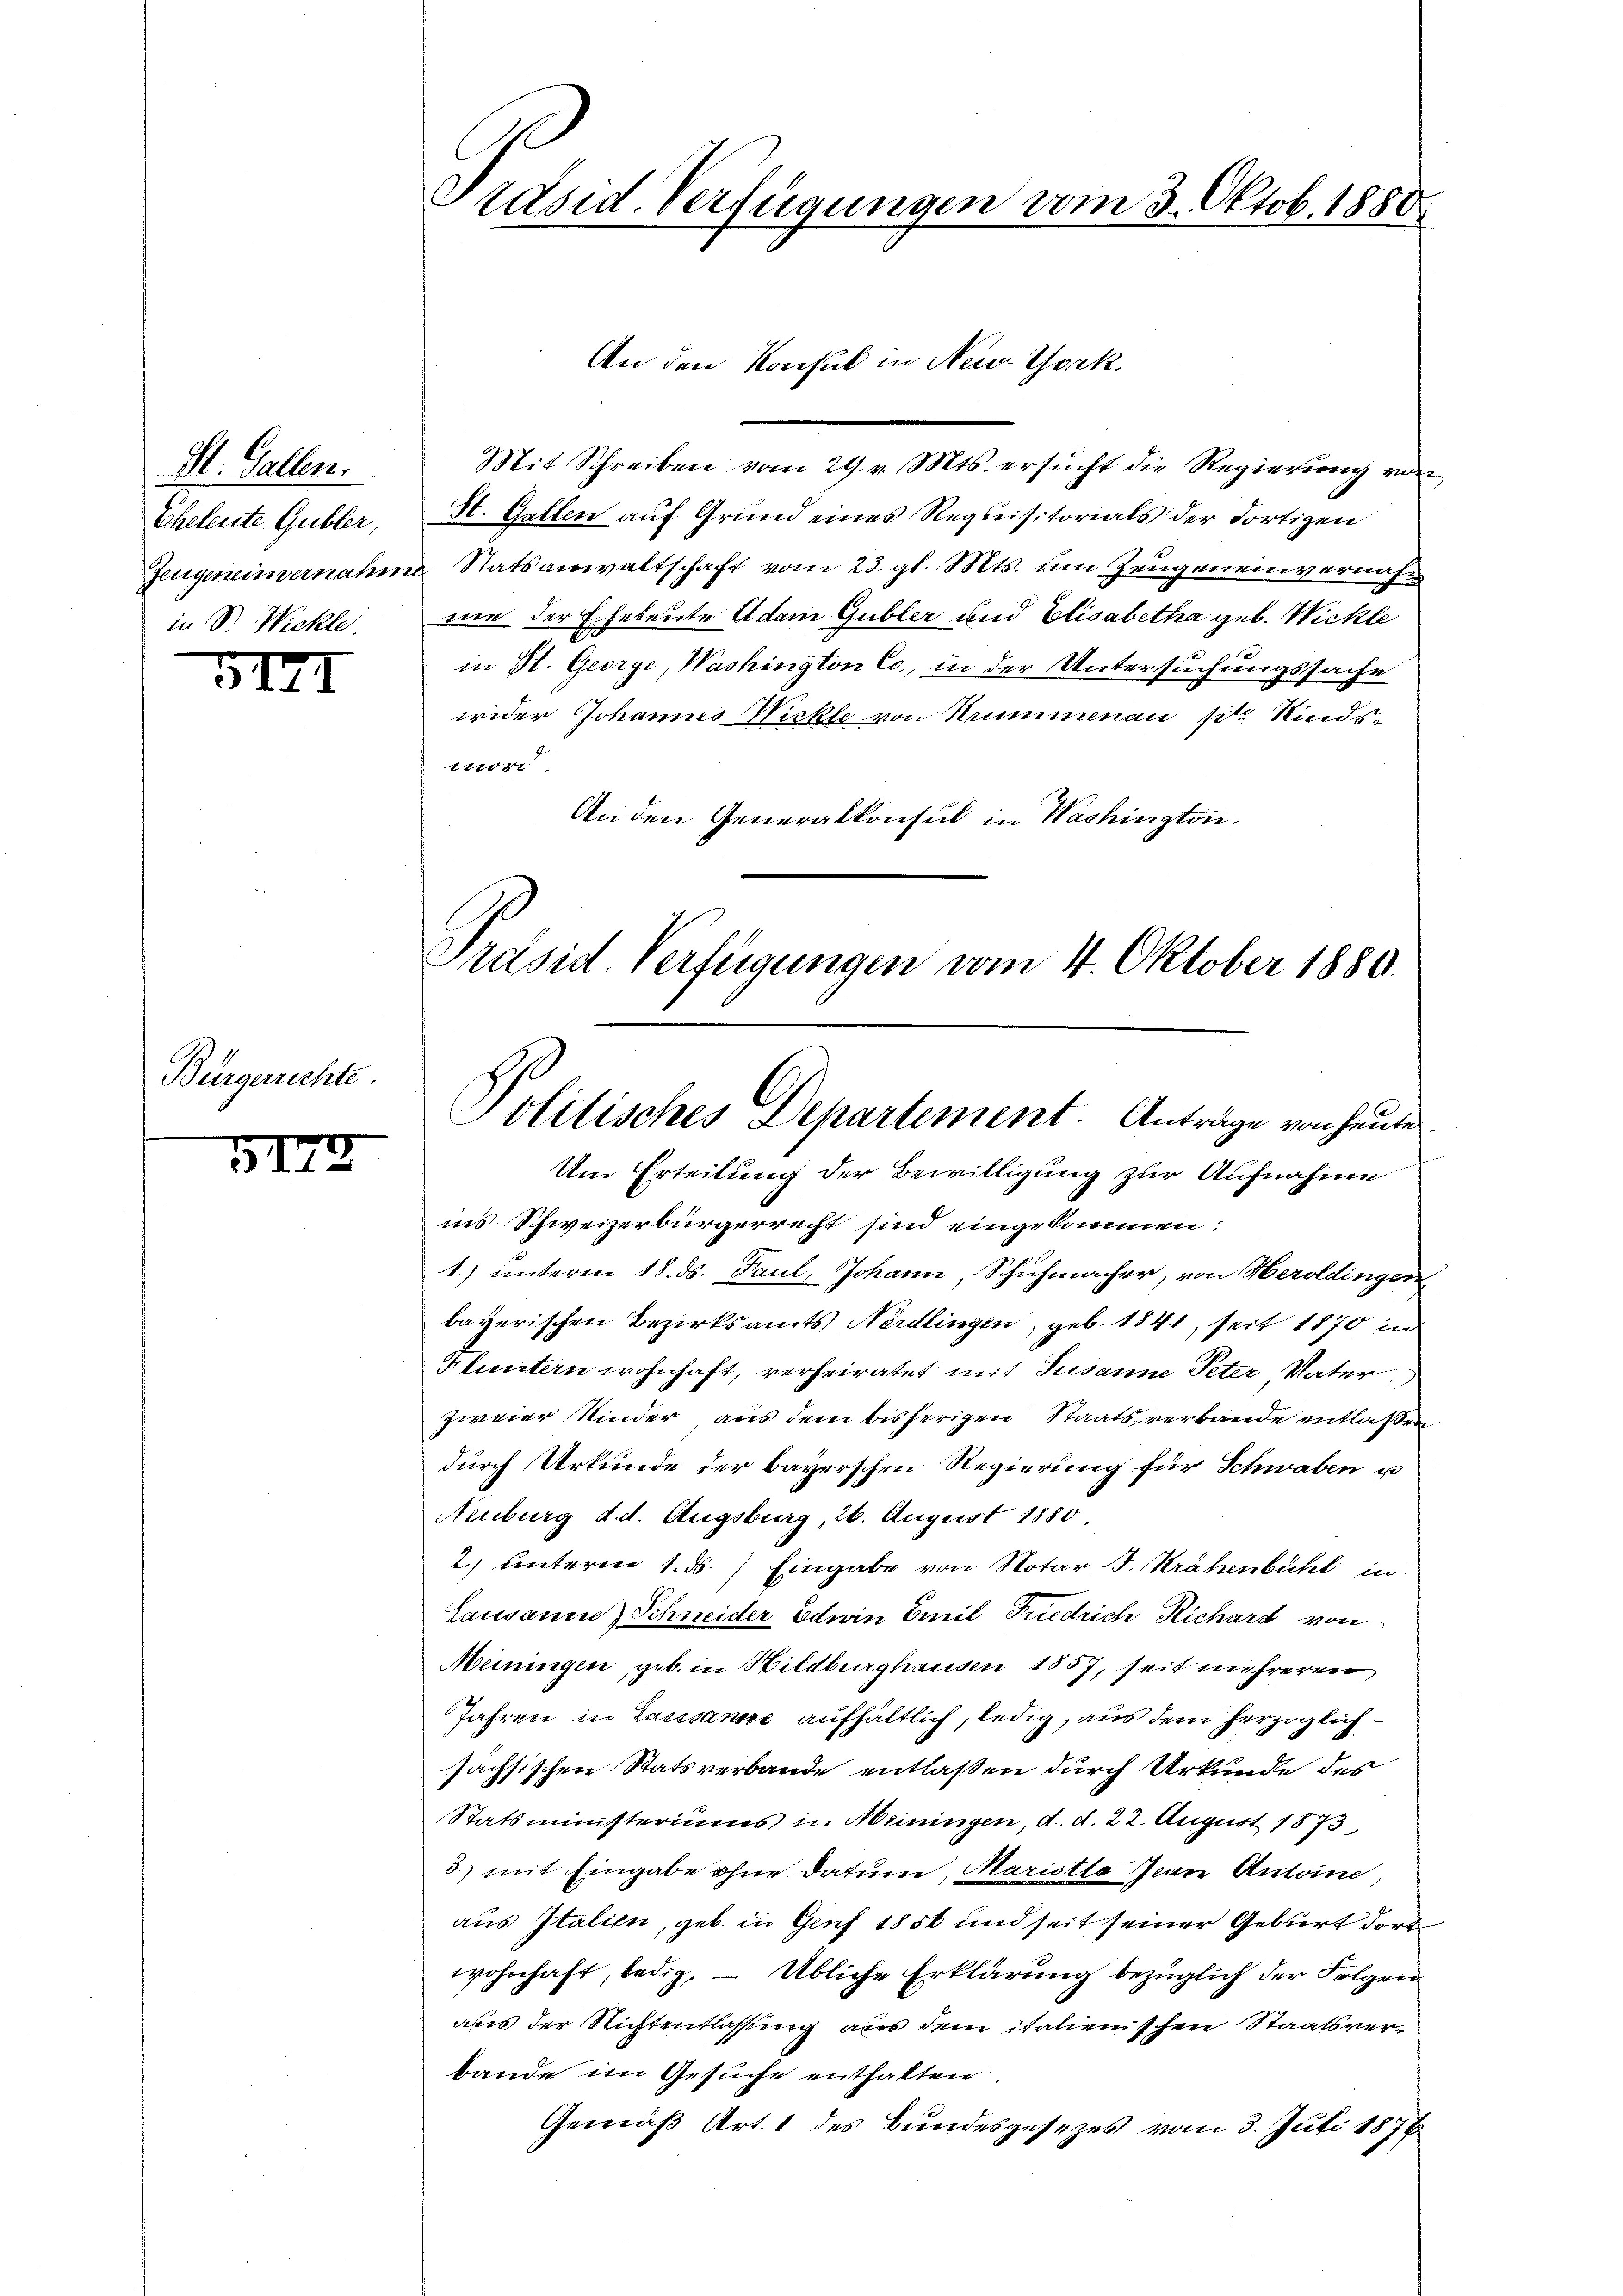
St. Gallen.
Eheleute Gubler,
Zeugeneinvernahm
in Dr. Wickle.

VIII

Bürgerrechte.

5172

Präsid. Verfügungen vom 3. Oktob. 1880

Mit Schreiben vom 29. v. Mts. ersucht die Regierung von
St. Gallen auf Grund eines Requisitorials der dortigen
 Statsanwaltschaft vom 23. gl. Mts. am Zeugeneinvernahmie der Eheleute Adam Gubler und Elisabetha geb. Wickle
in St. George, Washington Co, in der Untersuchungssache
wider Johannes Nickte von Krummenau pr. Kinds-
vorr
An den Generalkonsul in Washington.
Präsid. Verfügungen vom 4. Oktober 1880.

An den Konsul in New-York,

Politisches Departement. Anträge von heute

Um Erteilung der Bewilligung zur Aufnahme
ins Schweizerbürgerrecht sind eingekommen:
1.) unterm 18. ds. Paul, Johann Schuhmacher, von Heroldingen
bayerischen Bezirksamts Nördlingen, geb. 1841, seit 1870 in
Hluntern wohnhaft, verheiratet mit Susanne Peter Vater
zweier Kinder aus dem bisherigen Staatsverbande entlassen
durch Urkunde der bayerschen Regierung für Schwaben u
Neuburg d. d. Augsburg, 26. August 1880
2.) unteren 1. ds. Eingabe von Notar J. Krähenbühl in
Lausanne) Schneider Edwin Emil Friedrich Richard von
Meningen, geb. in Wildburghausen 1857, seit mehreren
Jahren in Laessanne aufhältlich, ledig, aus dem herzoglichsachsischen Statsverbande entlaßen durch Urkunde des
Statsministeriums u. Meiningen, d. d. 22. August 1873
3.) mit Eingabe ohne Datum, Maristto Jean Antoine,
aus Italien, geb. in Genf 1856 und seit seiner Geburt dort
wohnhaft, ledig. — Übliche Erklärung bezüglich der Folgen
aus der Richtentlassung aber dem italienischen Staatsverbande im Gesuche enthalten.
Gemäß Art. 1 des Bundesgesezes vom 3. Juli 1874